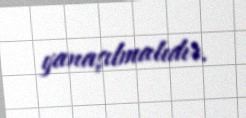
yanaşılmalıdır.